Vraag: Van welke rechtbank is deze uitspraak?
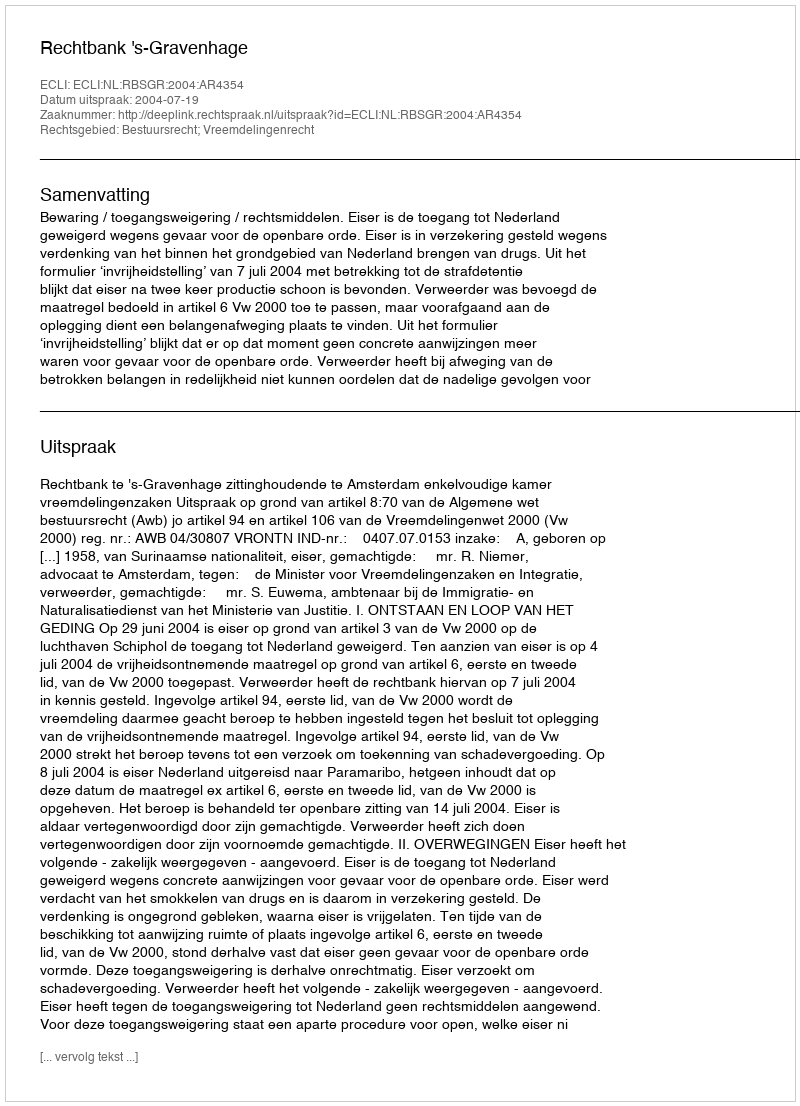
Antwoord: Rechtbank 's-Gravenhage